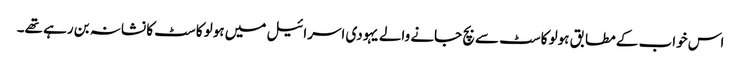
اس خواب کے مطابق ہولو کاسٹ سے بچ جانے والے یہودی اسرائیل میں ہولو کاسٹ کا نشانہ بن رہے تھے۔